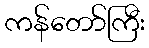
ကန်တော်ကြီး